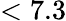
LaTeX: <7.3